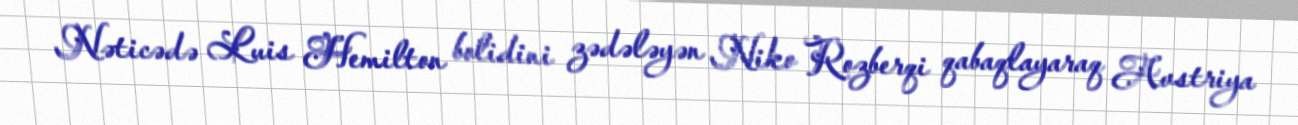
Nəticədə Luis Hemilton bolidini zədələyən Niko Rozberqi qabaqlayaraq Avstriya